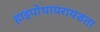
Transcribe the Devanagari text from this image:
हाइपोथायरायडता